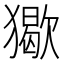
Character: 𤢔